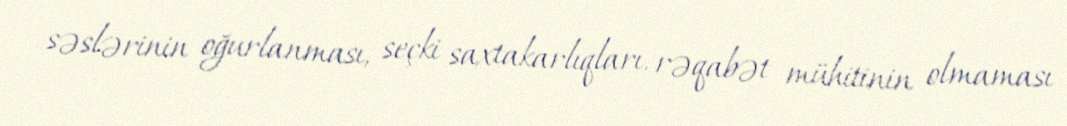
səslərinin oğurlanması, seçki saxtakarlıqları, rəqabət mühitinin olmaması